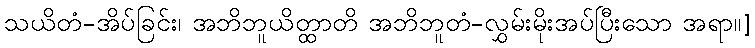
သယိတံ-အိပ်ခြင်း၊ အဘိဘူယိတ္ထာတိ အဘိဘူတံ-လွှမ်းမိုးအပ်ပြီးသော အရာ။]